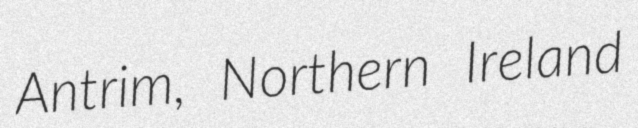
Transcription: Antrim, Northern Ireland